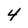
Character: 4